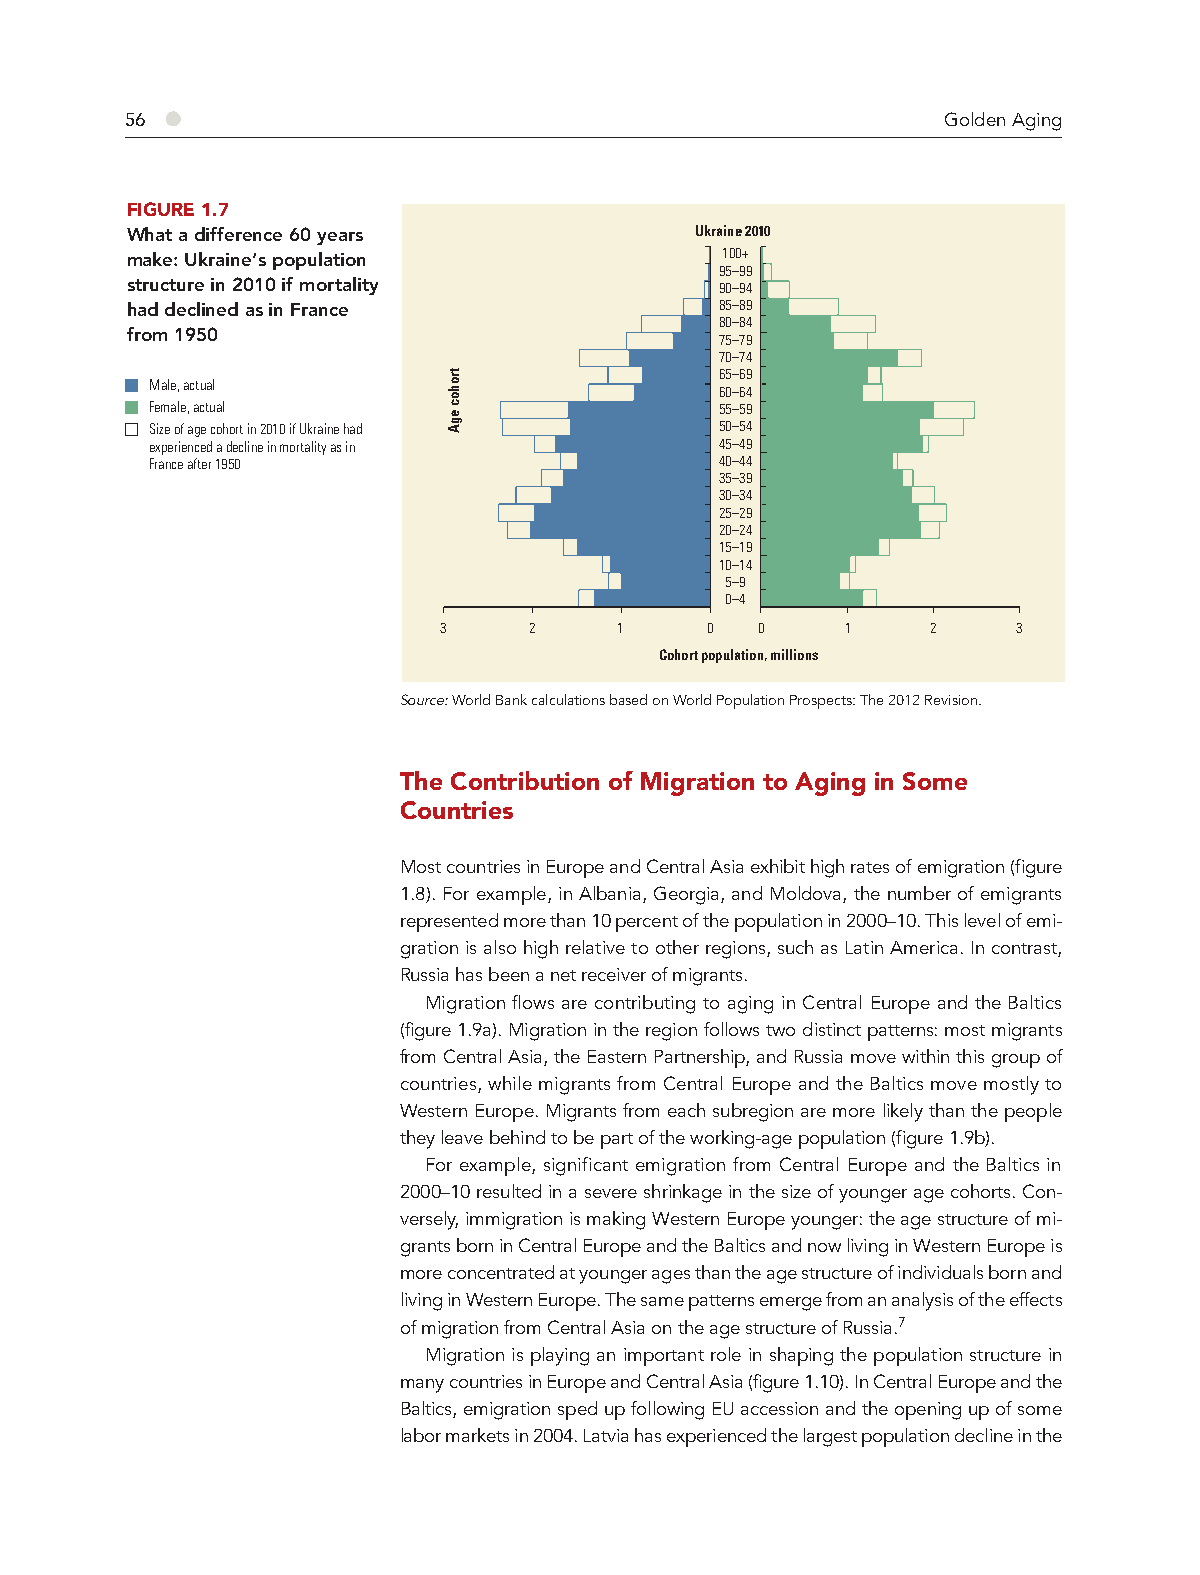
56 ●                                                   Golden Aging
 FIGURE 1.7
 What a difference 60 years            Ukraine 2010
 make: Ukraine’s population              100+
 95–99
 structure in 2010 if mortality          90–94
 had declined as in France               85–89
 80–84
 from 1950
 75–79
 70–74
 65–69
 Male, actual
 60–64
 Female, actual                        55–59
 Size of age cohort in 2010 if Ukraine had 50–54
 experienced a decline in mortality as in 45–49
 France after 1950                     40–44
 35–39
 30–34
 25–29
 20–24
 15–19
 10–14
 5–9
 0–4
 3     2     1     0  0     1     2    3
 Cohort population, millions
 Source: World Bank calculations based on World Population Prospects: The 2012 Revision.
 The Contribution of Migration to Aging in Some
 Countries
 Most countries in Europe and Central Asia exhibit high rates of emigration (figure
 1.8). For example, in Albania, Georgia, and Moldova, the number of emigrants
 represented more than 10 percent of the population in 2000–10. This level of emi-
 gration is also high relative to other regions, such as Latin America. In contrast,
 Russia has been a net receiver of migrants.
 Migration flows are contributing to aging in Central Europe and the Baltics
 (figure 1.9a). Migration in the region follows two distinct patterns: most migrants
 from Central Asia, the Eastern Partnership, and Russia move within this group of
 countries, while migrants from Central Europe and the Baltics move mostly to
 Western Europe. Migrants from each subregion are more likely than the people
 they leave behind to be part of the working-age population (figure 1.9b).
 For example, significant emigration from Central Europe and the Baltics in
 2000–10 resulted in a severe shrinkage in the size of younger age cohorts. Con-
 versely, immigration is making Western Europe younger: the age structure of mi-
 grants born in Central Europe and the Baltics and now living in Western Europe is
 more concentrated at younger ages than the age structure of individuals born and
 living in Western Europe. The same patterns emerge from an analysis of the effects
 of migration from Central Asia on the age structure of Russia.7
 Migration is playing an important role in shaping the population structure in
 many countries in Europe and Central Asia (figure 1.10). In Central Europe and the
 Baltics, emigration sped up following EU accession and the opening up of some
 labor markets in 2004. Latvia has experienced the largest population decline in the
 trohoc
 egA